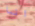
انا